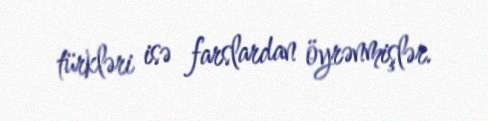
türkləri isə farslardan öyrənmişlər.